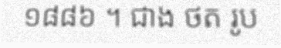
១៨៨៦ ។ ជាង ថត រូប